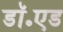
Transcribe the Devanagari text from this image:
डॉ॰एड